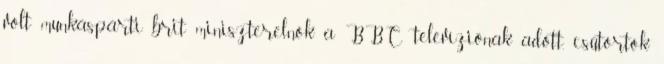
volt munkáspárti brit miniszterelnök a BBC televíziónak adott, csütörtök